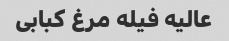
عالیه فیله مرغ کبابی